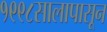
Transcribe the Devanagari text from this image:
१९९८सालापासून